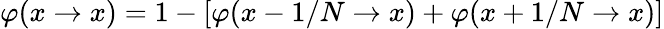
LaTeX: \varphi(x\to x)=1-[\varphi(x-1/N\to x)+\varphi(x+1/N\to x)]